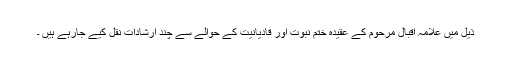
ذیل میں علامہ اقبال مرحوم کے عقیدۂ ختم ِنبوت اور قادیانیت کے حوالے سے چند ارشادات نقل کیے جارہے ہیں ۔